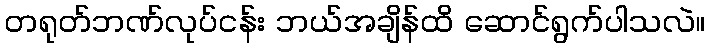
တရုတ်ဘဏ်လုပ်ငန်း ဘယ်အချိန်ထိ ဆောင်ရွက်ပါသလဲ။